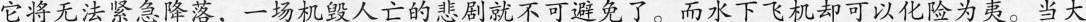
它将无法紧急降落，一场机毁人亡的悲剧就不可避免了。而水下飞机却可以化险为夷。当大